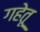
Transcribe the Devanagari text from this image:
गहेतू